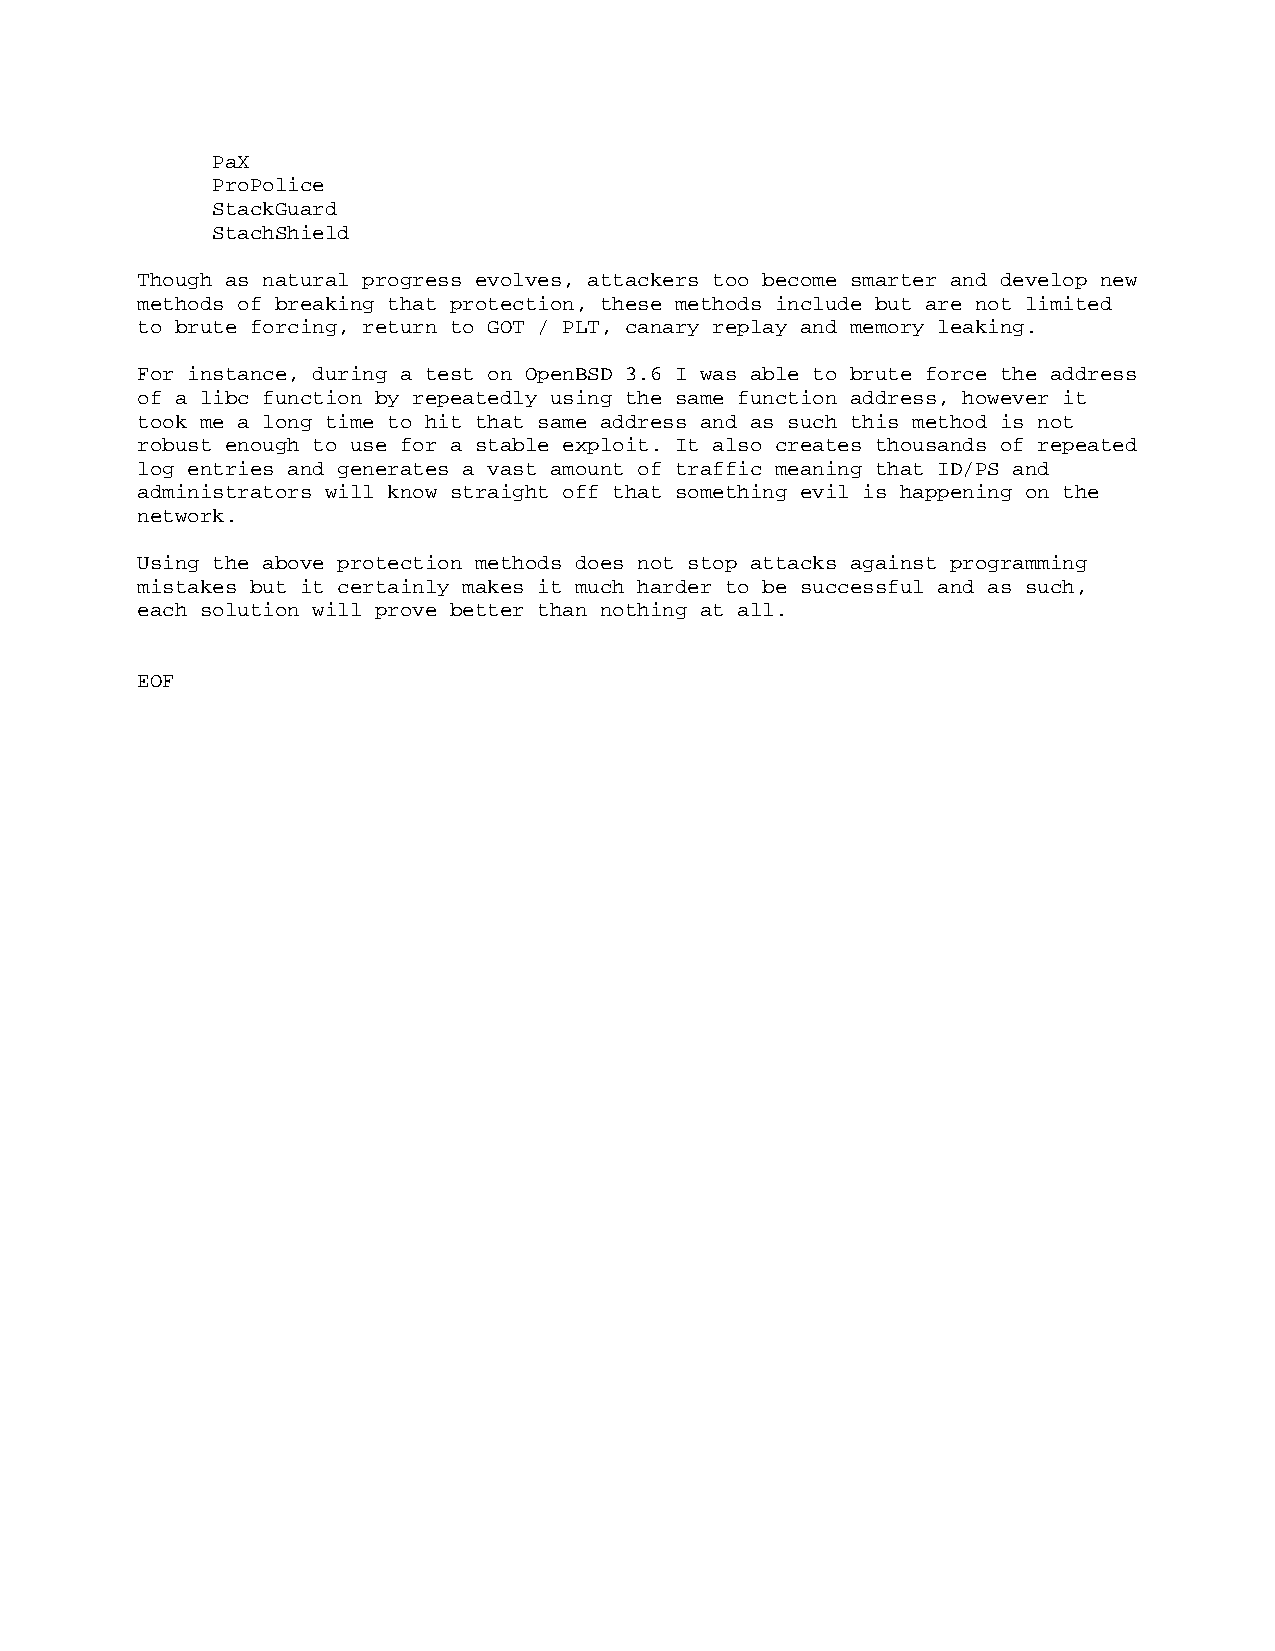
PaX
 ProPolice
 StackGuard
 StachShield
 Though as natural progress evolves, attackers too become smarter and develop new
 methods of breaking that protection, these methods include but are not limited
 to brute forcing, return to GOT / PLT, canary replay and memory leaking.
 For instance, during a test on OpenBSD 3.6 I was able to brute force the address
 of a libc function by repeatedly using the same function address, however it
 took me a long time to hit that same address and as such this method is not
 robust enough to use for a stable exploit. It also creates thousands of repeated
 log entries and generates a vast amount of traffic meaning that ID/PS and
 administrators will know straight off that something evil is happening on the
 network.
 Using the above protection methods does not stop attacks against programming
 mistakes but it certainly makes it much harder to be successful and as such,
 each solution will prove better than nothing at all.
 EOF